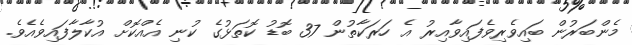
މެންބަރުން ބައިވެރިވެފައިވާއިރު އެ ހަރަކާތުން 37 ބޮޑު ކޮތަޅުގެ ކުނި އެއްކޮށް އުކާލާފައިވެއެވެ.